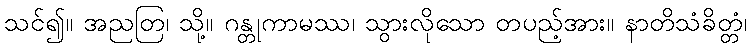
သင်၍။ အညတြ၊ သို့။ ဂန္တုကာမဿ၊ သွားလိုသော တပည့်အား။ နာတိသံခိတ္တံ၊